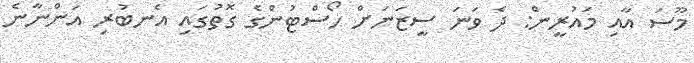
މޫސަ އާއި މައުރީން: ދެ ވަނަ ސީޒަނަށް ހޯސްޓުންގެ ގޮތުގައި އެނބުރި އަންނާނެ